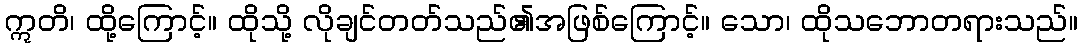
ဣတိ၊ ထို့ကြောင့်။ ထိုသို့ လိုချင်တတ်သည်၏အဖြစ်ကြောင့်။ သော၊ ထိုသဘောတရားသည်။